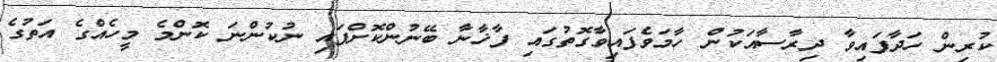
ކުރިން ހަދާފައިވާ ދިރާސާއަކުން ހާމަވެފައިވާގޮތުގައި ފާޚާނާ ބޭނުންކޮށްފައި ނުކުންނަ ކޮންމެ މީހެއްގެ އަތުގެ